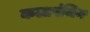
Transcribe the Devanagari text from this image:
कलापंजिन